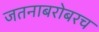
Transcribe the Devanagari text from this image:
जतनाबरोबरच